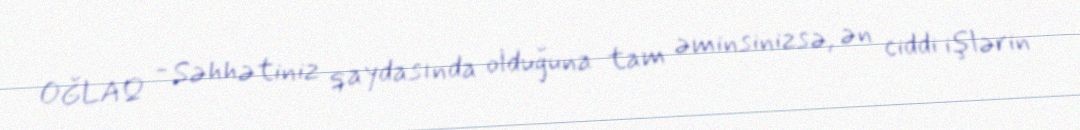
OĞLAQ - Səhhətiniz qaydasında olduğuna tam əminsinizsə, ən ciddi işlərin